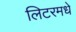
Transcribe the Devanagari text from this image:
लिटरमधे